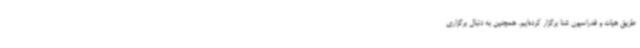
طریق هیات و فدراسیون شنا برگزار کرده‌ایم. همچنین به دنبال برگزاری